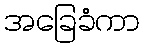
အခြေခံကာ